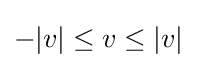
-|v|\leq v\leq |v|